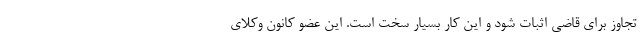
تجاوز برای قاضی اثبات شود و این کار بسیار سخت است. این عضو کانون وکلای